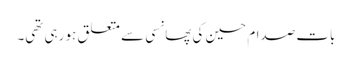
بات صدام حسین کی پھانسی سے متعلق ہو رہی تھی۔